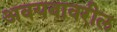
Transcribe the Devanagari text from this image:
अवयवावरील